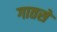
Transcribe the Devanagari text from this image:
गातसे